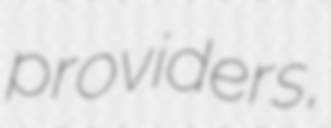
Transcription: providers,